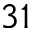
3 1